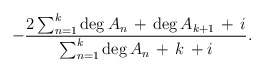
\begin{align*}- \frac{2 \sum_{n=1}^{k} \deg A_{n} \, + \, \deg A_{k+1} \, + \, i} {\sum_{n=1}^{k} \deg A_{n} \, + \, k \, + i}.\end{align*}